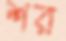
শর